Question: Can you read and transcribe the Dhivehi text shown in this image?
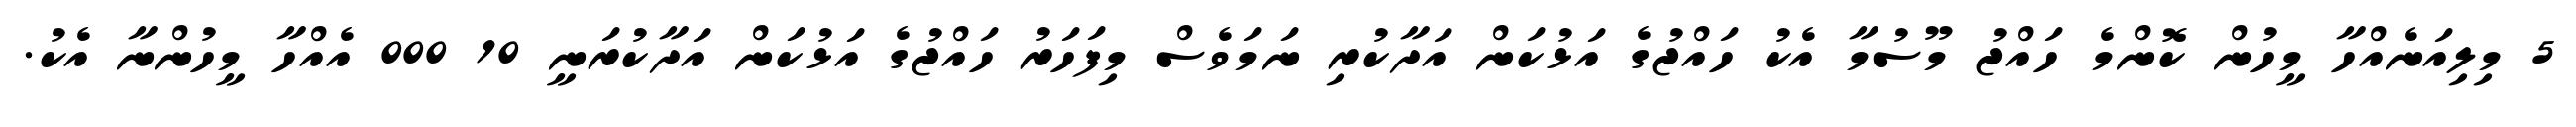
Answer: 5 މިލިއަނެއްހާ މީހުން ކޮންމެ ހައްޖު މޫސުމާ އެކު ހައްޖުގެ އަޅުކަން އަދާކުރި ނަމަވެސް މިފަހަރު ހައްޖުގެ އަޅުކަން އަދާކުރަނީ 10 000 އެއްހާ މީހުންނާ އެކު.